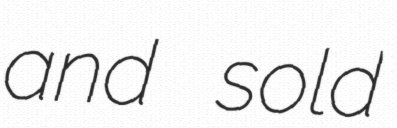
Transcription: and sold